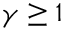
\gamma \geq 1